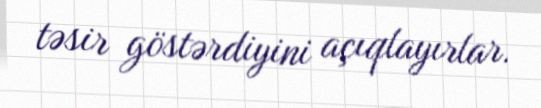
təsir göstərdiyini açıqlayırlar.